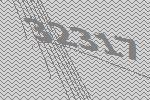
32317